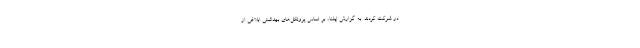
در شرکت کردند. به گزارش ایلنا، بر اساس پروتکل‌های بهداشتی ابلاغی از